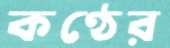
কণ্ঠের